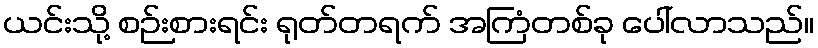
ယင်းသို့ စဉ်းစားရင်း ရုတ်တရက် အကြံတစ်ခု ပေါ်လာသည်။